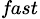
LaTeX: _\textit{fast}